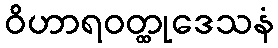
ဝိဟာရဝတ္ထုဒေသနံ